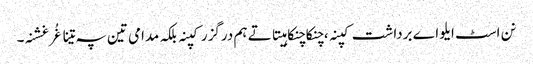
نن اسٹ ایلو اے برداشت کپنہ ، چنکاچنکا ہیتاتے ہم درگزر کپنہ بلکہ مدامی تین پہ تینا غُرغشنہ۔